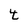
Character: t